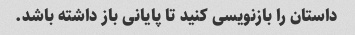
داستان را بازنویسی کنید تا پایانی باز داشته باشد.